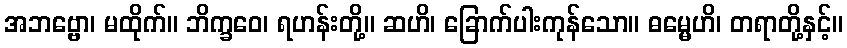
အဘဗ္ဗော၊ မထိုက်။ ဘိက္ခဝေ၊ ရဟန်းတို့။ ဆဟိ၊ ခြောက်ပါးကုန်သော။ ဓမ္မေဟိ၊ တရာတို့နှင့်။